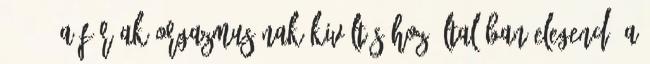
2007 . A férﬁak orgazmusának kiváltásához általában elegendő a